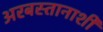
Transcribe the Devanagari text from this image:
अरबस्तानाशी